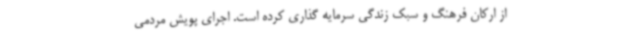
از ارکان فرهنگ و سبک زندگی سرمایه گذاری کرده است. اجرای پویش مردمی